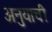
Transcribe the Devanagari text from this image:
अनुयाची